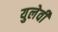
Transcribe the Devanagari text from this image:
युलेवी